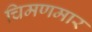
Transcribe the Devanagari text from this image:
चिमणमार